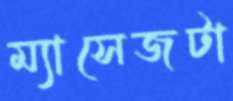
ম্যাসেজটা